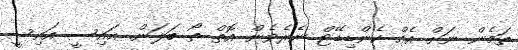
ތަމެން ނަށް އެއް ކެންޑިޑޭޓް ނެރެވެން އޮތް ތޯ ބަލަން. އައިސީ އައިސީ